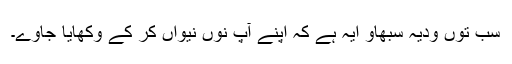
سب توں ودیہ سبھاو ایہ ہے کہ اپنے آپ نوں نیواں کر کے وکھایا جاوے۔